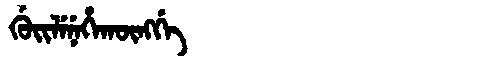
Manchu: ᡤᡠᡳᠯᡝᠨᡝᡥᠠᡴᡡᠩᡤᡝ
Romanization: GUILENEHAKŪNGGE